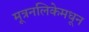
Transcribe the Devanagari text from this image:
मूत्रनलिकेमधून